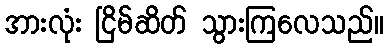
အားလုံး ငြိမ်ဆိတ် သွားကြလေသည်။